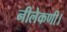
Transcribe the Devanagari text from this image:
नीलेकणी।